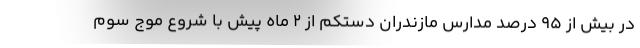
در بیش از ۹۵ درصد مدارس مازندران دستکم از ۲ ماه پیش با شروع موج سوم